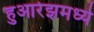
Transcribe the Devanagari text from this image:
हुआरेझमध्ये